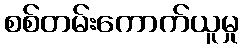
စစ်တမ်းကောက်ယူမှု